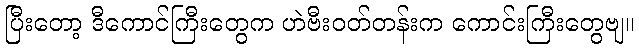
ပြီးတော့ ဒီကောင်ကြီးတွေက ဟဲဗီးဝတ်တန်းက ကောင်းကြီးတွေဗျ။